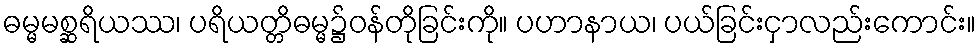
ဓမ္မမစ္ဆရိယဿ၊ ပရိယတ္တိဓမ္မ၌ဝန်တိုခြင်းကို။ ပဟာနာယ၊ ပယ်ခြင်းငှာလည်းကောင်း။